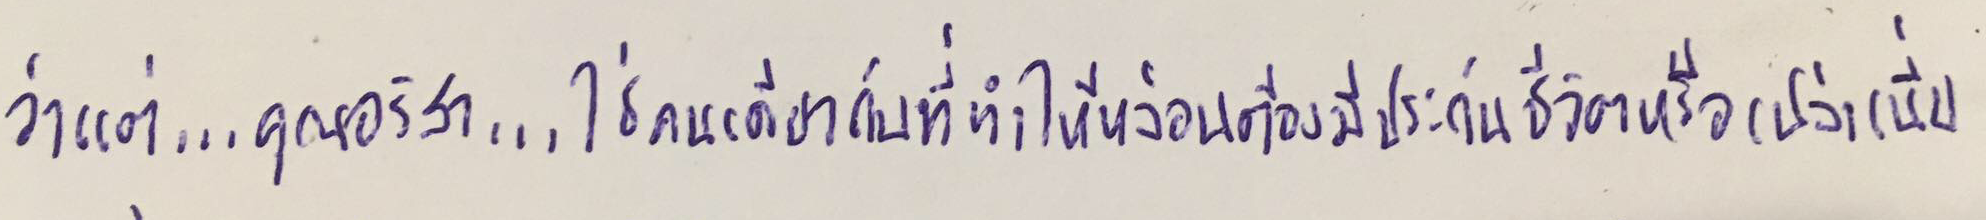
ว่าแต่...คุณอริสา...ใช่คนเดียวกับที่ทำให้หล่อนต้องมีประกันชีวิตหรือเปล่าเนี่ย